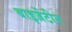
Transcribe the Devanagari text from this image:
बाइजेंटीन